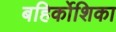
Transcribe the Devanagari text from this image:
बहिर्कोशिका